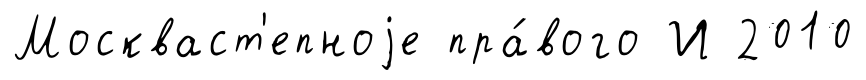
Москваст'епноjе пра́вого И 2010